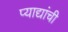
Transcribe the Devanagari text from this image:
प्याद्यांची